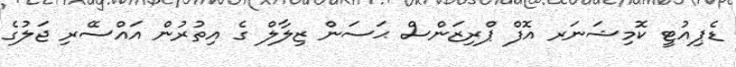
ޑެޕިއުޓީ ކޮމިޝަނަރ އޮފް ޕްރިޒަންސް ޙަސަން ޒިލާލް ގެ އިތުރުން އައްސޭރި ޖަލުގެ